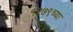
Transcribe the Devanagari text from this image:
१२७९च्या